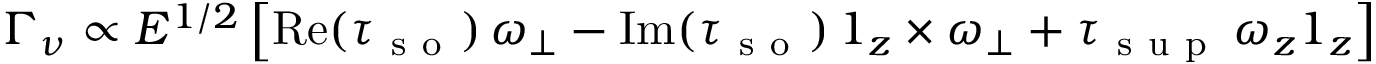
\boldsymbol { \Gamma } _ { \nu } \propto E ^ { 1 / 2 } \left[ \mathrm { R e } ( \tau _ { \mathrm { ~ s ~ o ~ } } ) \, \boldsymbol { \omega } _ { \perp } - \mathrm { I m } ( \tau _ { \mathrm { ~ s ~ o ~ } } ) \, \boldsymbol { 1 } _ { z } \times \boldsymbol { \omega } _ { \perp } + \tau _ { \mathrm { ~ s ~ u ~ p ~ } } \, \omega _ { z } \boldsymbol { 1 } _ { z } \right]